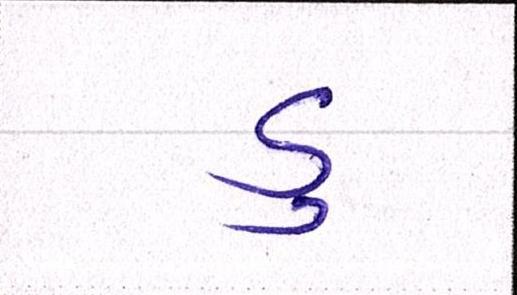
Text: ડુ